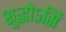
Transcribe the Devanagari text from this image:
शुद्धोऽसि